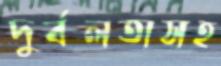
দুর্বলতাসহ